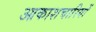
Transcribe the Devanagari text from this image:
आकाशचारियों